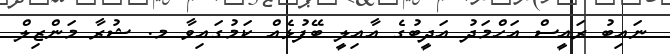
ނައިބު ރައީސް އަހްމަދު އަދީބުގެ އާއިލީ ބޭފުޅެއް ކަމުގައިވާ މ. ޝުރާ މަންޒިލް